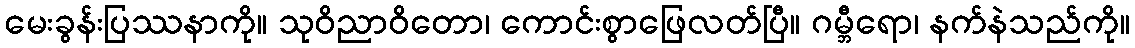
မေးခွန်းပြဿနာကို။ သုဝိညာဝိတော၊ ကောင်းစွာဖြေလတ်ပြီ။ ဂမ္ဘီရော၊ နက်နဲသည်ကို။